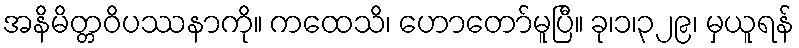
အနိမိတ္တဝိပဿနာကို။ ကထေသိ၊ ဟောတော်မူပြီ။ ခု၊၁၊၃၂၉၊ မှယူရန်